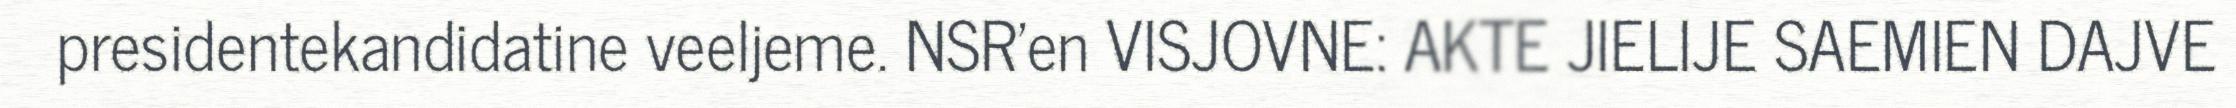
presidentekandidatine veeljeme. NSR'en VISJOVNE: AKTE JIELIJE SAEMIEN DAJVE